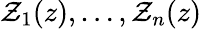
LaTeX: \mathcal{Z}_{1}(z),\ldots,\mathcal{Z}_{n}(z)